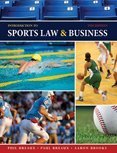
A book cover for Introduction to Sports Law AND Business by PHIL BREAUX, BREAUX PAUL, BROOKS AARON [Kendall Hunt Publishing,2010] [Paperback] 9TH EDITION; Law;